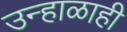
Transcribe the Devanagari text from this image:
उन्हाळाही